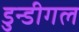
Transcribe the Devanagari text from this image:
डुन्डीगल